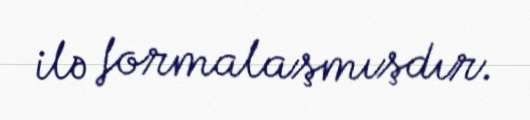
ilə formalaşmışdır.